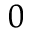
_ 0